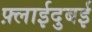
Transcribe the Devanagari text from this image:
फ़्लाईदुबई